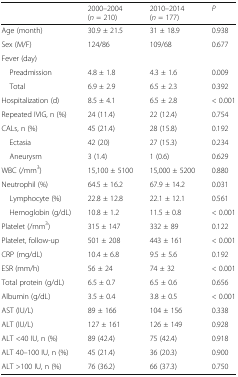
<table><thead><tr><td></td><td><b>2000–2004 (<i>n</i> = 210)</b></td><td><b>2010–2014 (<i>n</i> = 177)</b></td><td><b><i>P</i></b></td></tr></thead><tbody><tr><td>Age (month)</td><td>30.9 ± 21.5</td><td>31 ± 18.9</td><td>0.938</td></tr><tr><td>Sex (M/F)</td><td>124/86</td><td>109/68</td><td>0.677</td></tr><tr><td colspan="4">Fever (day)</td></tr><tr><td> Preadmission</td><td>4.8 ± 1.8</td><td>4.3 ± 1.6</td><td>0.009</td></tr><tr><td> Total</td><td>6.9 ± 2.9</td><td>6.5 ± 2.3</td><td>0.392</td></tr><tr><td>Hospitalization (d)</td><td>8.5 ± 4.1</td><td>6.5 ± 2.8</td><td>&lt; 0.001</td></tr><tr><td>Repeated IVIG, n (%)</td><td>24 (11.4)</td><td>22 (12.4)</td><td>0.754</td></tr><tr><td>CALs, n (%)</td><td>45 (21.4)</td><td>28 (15.8)</td><td>0.192</td></tr><tr><td> Ectasia</td><td>42 (20)</td><td>27 (15.3)</td><td>0.234</td></tr><tr><td> Aneurysm</td><td>3 (1.4)</td><td>1 (0.6)</td><td>0.629</td></tr><tr><td>WBC (/mm<sup>3</sup>)</td><td>15,100 ± 5100</td><td>15,000 ± 5200</td><td>0.880</td></tr><tr><td>Neutrophil (%)</td><td>64.5 ± 16.2</td><td>67.9 ± 14.2</td><td>0.031</td></tr><tr><td> Lymphocyte (%)</td><td>22.8 ± 12.8</td><td>22.1 ± 12.1</td><td>0.561</td></tr><tr><td> Hemoglobin (g/dL)</td><td>10.8 ± 1.2</td><td>11.5 ± 0.8</td><td>&lt; 0.001</td></tr><tr><td>Platelet (/mm<sup>3</sup>)</td><td>315 ± 147</td><td>332 ± 89</td><td>0.122</td></tr><tr><td>Platelet, follow-up</td><td>501 ± 208</td><td>443 ± 161</td><td>&lt; 0.001</td></tr><tr><td>CRP (mg/dL)</td><td>10.4 ± 6.8</td><td>9.5 ± 5.6</td><td>0.192</td></tr><tr><td>ESR (mm/h)</td><td>56 ± 24</td><td>74 ± 32</td><td>&lt; 0.001</td></tr><tr><td>Total protein (g/dL)</td><td>6.5 ± 0.7</td><td>6.5 ± 0.6</td><td>0.656</td></tr><tr><td>Albumin (g/dL)</td><td>3.5 ± 0.4</td><td>3.8 ± 0.5</td><td>&lt; 0.001</td></tr><tr><td>AST (IU/L)</td><td>89 ± 166</td><td>104 ± 156</td><td>0.338</td></tr><tr><td>ALT (IU/L)</td><td>127 ± 161</td><td>126 ± 149</td><td>0.928</td></tr><tr><td>ALT &lt;40 IU, n (%)</td><td>89 (42.4)</td><td>75 (42.4)</td><td>0.918</td></tr><tr><td>ALT 40–100 IU, n (%)</td><td>45 (21.4)</td><td>36 (20.3)</td><td>0.900</td></tr><tr><td>ALT &gt;100 IU, n (%)</td><td>76 (36.2)</td><td>66 (37.3)</td><td>0.750</td></tr></tbody></table>